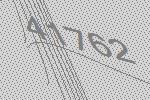
41762